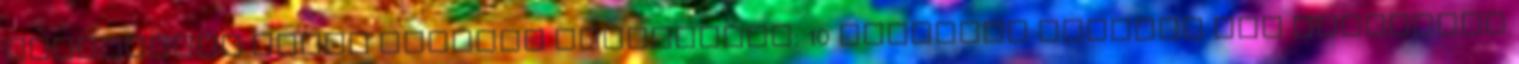
biztonsági táska Rejtett fenyegetés: 10 álcázott fegyver Mit csinálnak